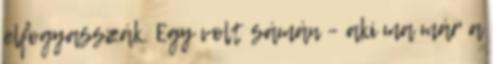
elfogyasszák. Egy volt sámán – aki ma már a